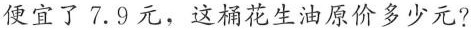
便宜了7.9元，这桶花生油原价多少元?